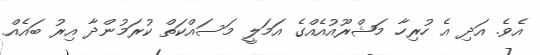
އެވެ. އަދި އެ ހުރިހާ މަޝްރޫއުއެއްގެ އަމަލީ މަސައްކަތް ކުރަމުންދާ އިރު ބައެއް